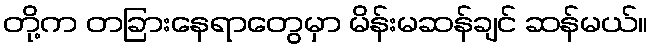
တို့က တခြားနေရာတွေမှာ မိန်းမဆန်ချင် ဆန်မယ်။